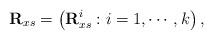
LaTeX: \begin{align*}\mathbf{R}_{xs} =\left(\mathbf{R}_{xs}^i:i=1,\cdots,k \right),\end{align*}